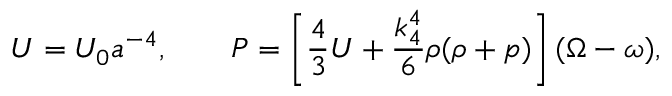
{ \cal U } = { \cal U } _ { 0 } a ^ { - 4 } , \qquad { \cal P } = \left[ \frac 4 3 { \cal U } + \frac { k _ { 4 } ^ { 4 } } 6 \rho ( \rho + p ) \right] ( \Omega - \omega ) ,